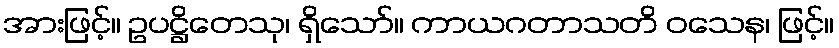
အားဖြင့်။ ဥပဋ္ဌိတေသု၊ ရှိသော်။ ကာယဂတာသတိ ဝသေန၊ ဖြင့်။